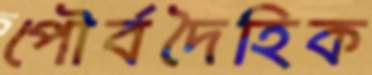
পৌর্বদৈহিক